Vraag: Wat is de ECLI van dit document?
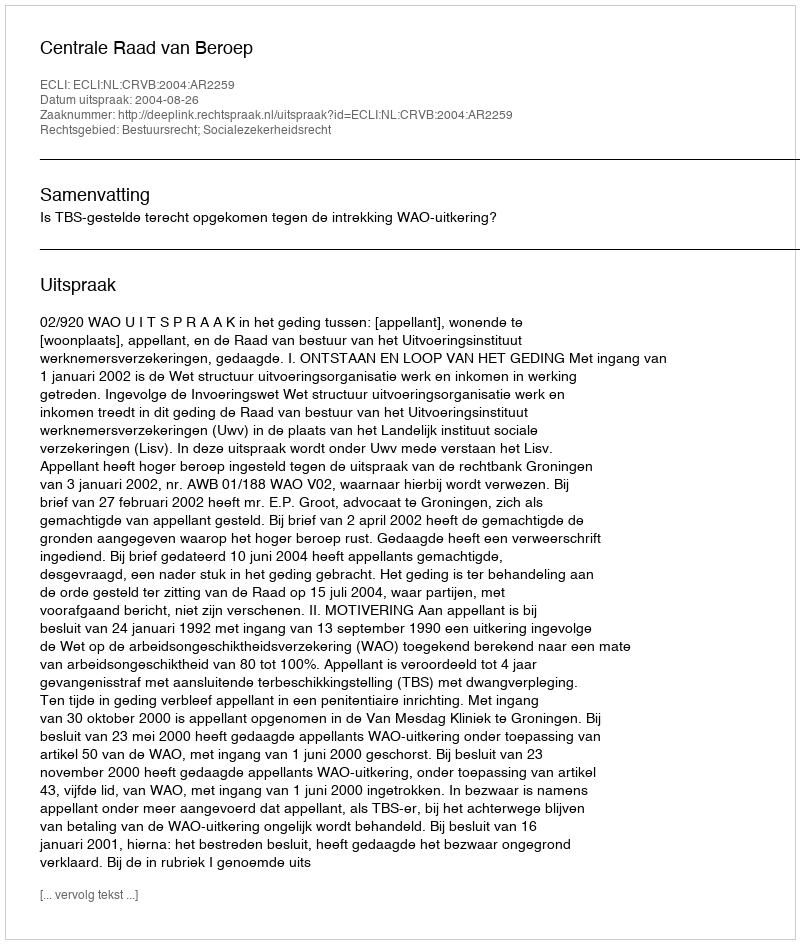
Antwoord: ECLI:NL:CRVB:2004:AR2259